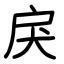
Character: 戾